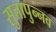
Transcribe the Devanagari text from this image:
सुत्तापुन्नव